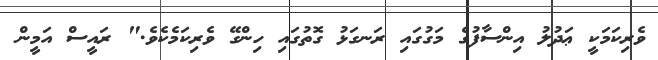
ވެރިކަމަކީ ޢަދުލު އިންސާފުގެ މަގުގައި ރަނގަޅު ގޮތުގައި ހިންގޭ ވެރިކަމެކެވެ." ރައީސް އަމީން